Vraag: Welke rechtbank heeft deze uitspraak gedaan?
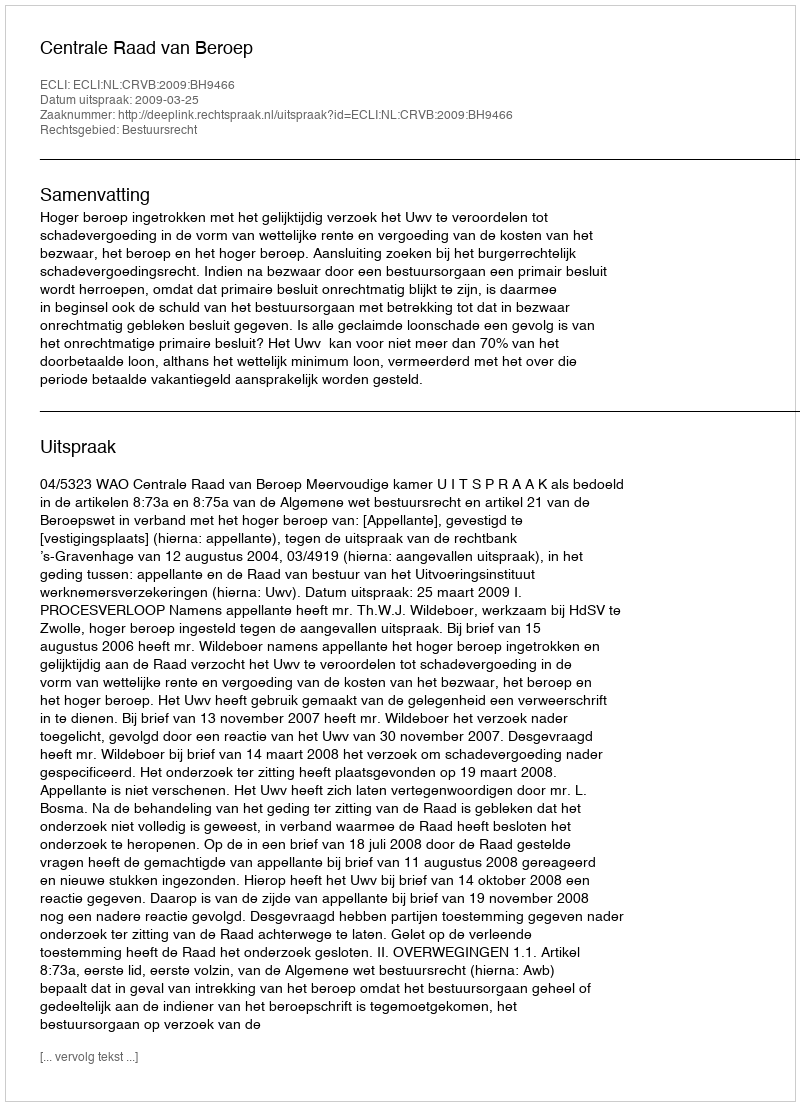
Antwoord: Centrale Raad van Beroep